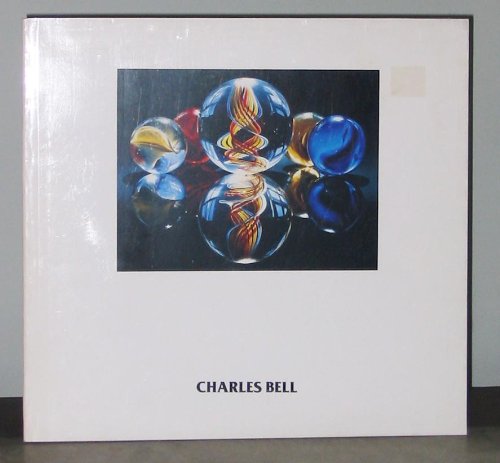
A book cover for Charles Bell: Marbles & Toys; John Perreault; Crafts, Hobbies & Home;